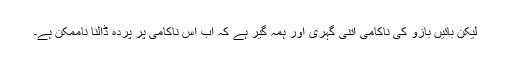
لیکن بائیں بازو کی ناکامی اتنی گہری اور ہمہ گیر ہے کہ اب اس ناکامی پر پردہ ڈالنا ناممکن ہے۔